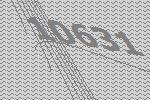
10631